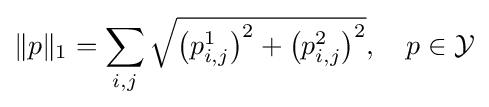
\lVert p\rVert _{1}=\sum _{i,j}{\sqrt {\left(p_{i,j}^{1}\right)^{2}+\left(p_{i,j}^{2}\right)^{2}}},\quad p\in {\mathcal {Y}}